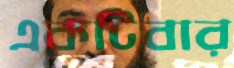
একটিবার